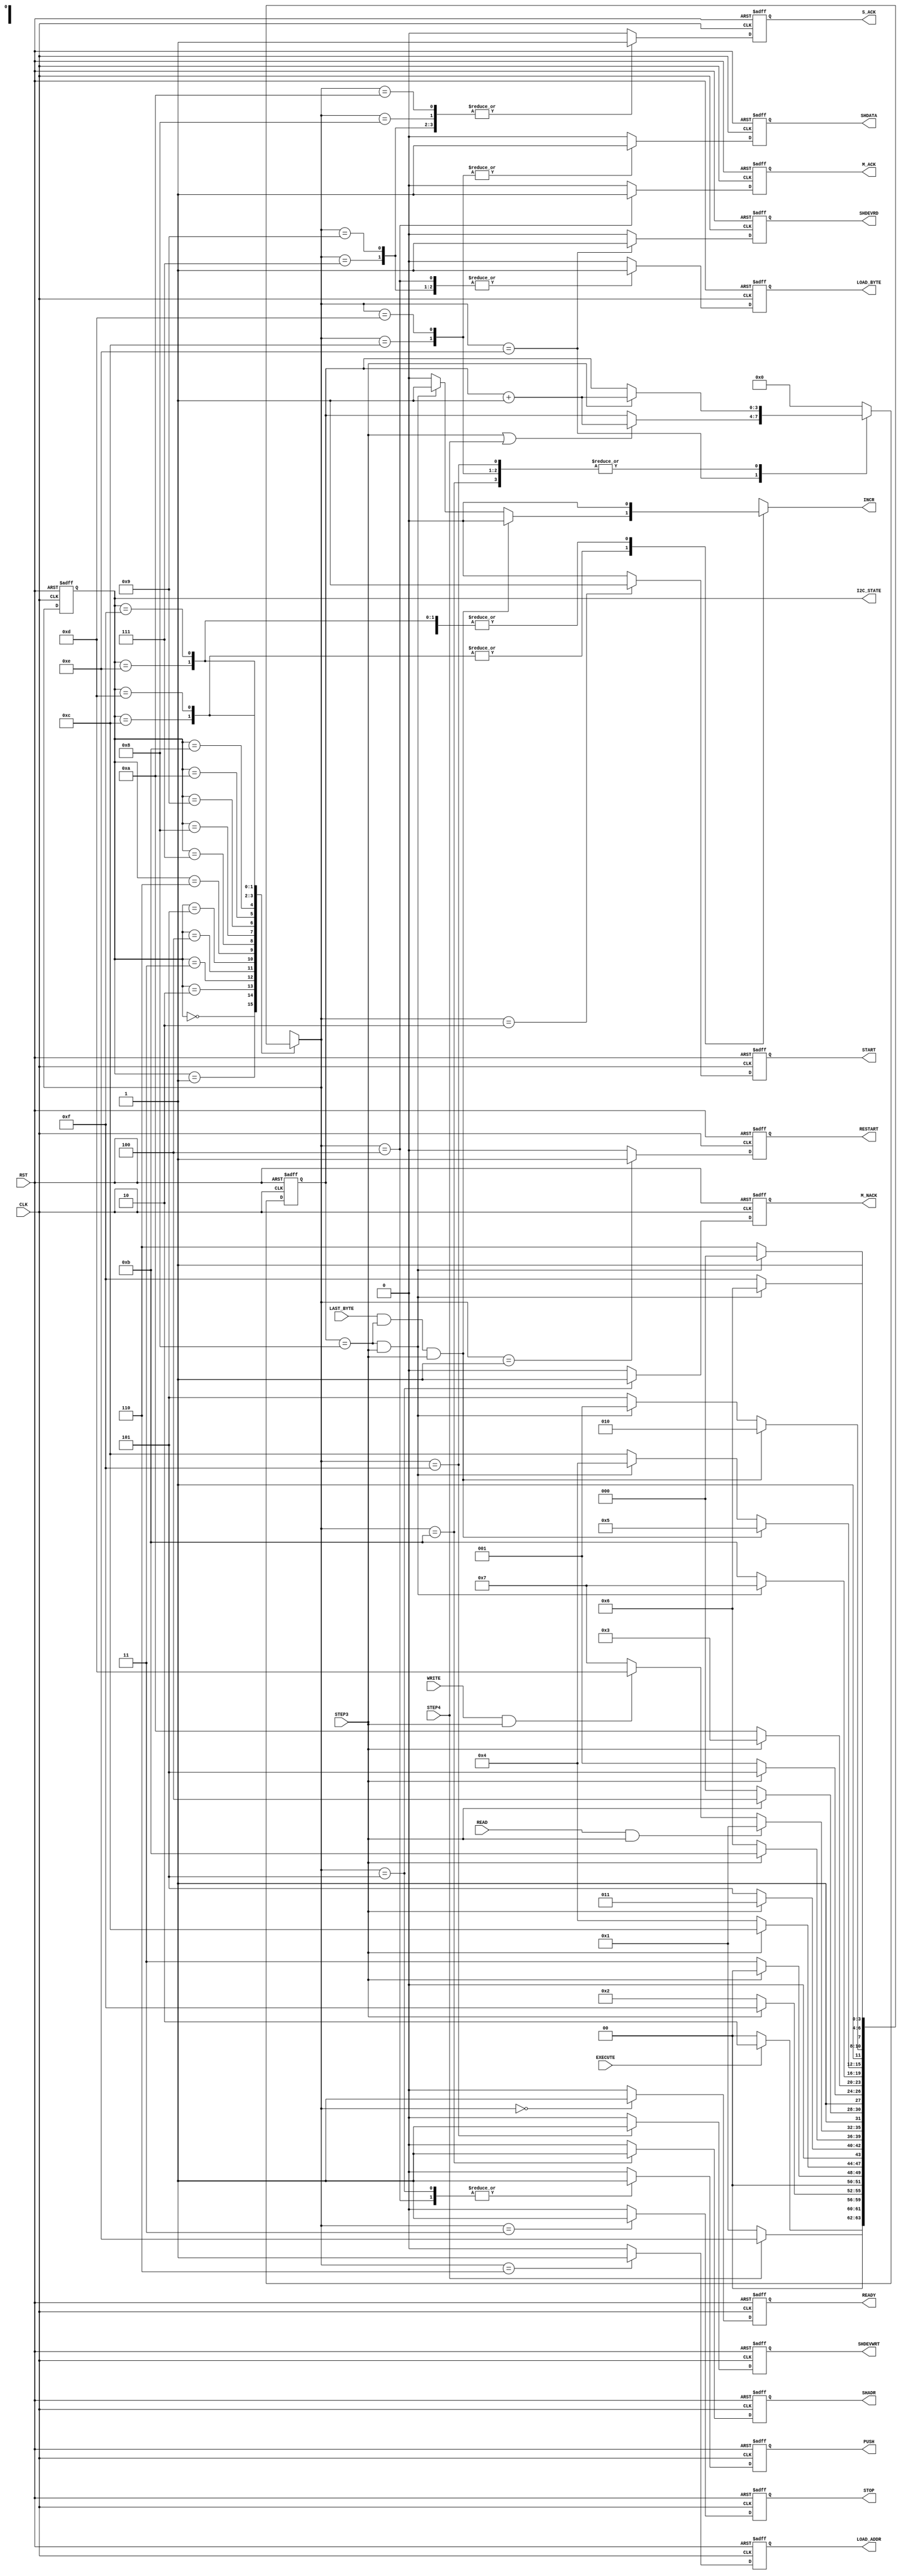

// Created by fizzim_tmr.pl version $Revision: 4.44 on 2018:12:04 at 12:37:11 (www.fizzim.com)

module I2C_intrf_FSM (
  output reg INCR,
  output reg LOAD_ADDR,
  output reg LOAD_BYTE,
  output reg M_ACK,
  output reg M_NACK,
  output reg PUSH,
  output reg READY,
  output reg RESTART,
  output reg SHADR,
  output reg SHDATA,
  output reg SHDEVRD,
  output reg SHDEVWRT,
  output reg START,
  output reg STOP,
  output reg S_ACK,
  output wire [3:0] I2C_STATE,
  input CLK,
  input EXECUTE,
  input LAST_BYTE,
  input READ,
  input RST,
  input STEP3,
  input STEP4,
  input WRITE 
);

  // state bits
  parameter 
  Idle          = 4'b0000, 
  I2C_ReStart   = 4'b0001, 
  I2C_Start     = 4'b0010, 
  I2C_Stop      = 4'b0011, 
  M_Ack_1       = 4'b0100, 
  M_NAck_1      = 4'b0101, 
  S_Ack_1       = 4'b0110, 
  S_Ack_2       = 4'b0111, 
  S_Ack_3       = 4'b1000, 
  S_Ack_4       = 4'b1001, 
  S_Ack_5       = 4'b1010, 
  Shift_Addr    = 4'b1011, 
  Shift_Data_Rd = 4'b1100, 
  Shift_Data_Wr = 4'b1101, 
  Shift_Dev_Rd  = 4'b1110, 
  Shift_Dev_Wr  = 4'b1111; 

  reg [3:0] state;

  assign I2C_STATE = state;

  reg [3:0] nextstate;


  reg [3:0] shift_cnt;

  // comb always block
  always @* begin
    nextstate = 4'bxxxx; // default to x because default_state_is_x is set
    INCR = 0; // default
    case (state)
      Idle         : if      (EXECUTE)                                    nextstate = I2C_Start;
                     else                                                 nextstate = Idle;
      I2C_ReStart  : if      (STEP4)                                      nextstate = Shift_Dev_Rd;
                     else                                                 nextstate = I2C_ReStart;
      I2C_Start    : if      (STEP3)                                      nextstate = Shift_Dev_Wr;
                     else                                                 nextstate = I2C_Start;
      I2C_Stop     : if      (STEP3)                                      nextstate = Idle;
//      I2C_Stop     : if      (STEP4)                                      nextstate = Idle;      // Use with kludge for simulations
                     else                                                 nextstate = I2C_Stop;
      M_Ack_1      : if      (STEP3)                                      nextstate = Shift_Data_Rd;
                     else                                                 nextstate = M_Ack_1;
      M_NAck_1     : if      (STEP3)                                      nextstate = I2C_Stop;
                     else                                                 nextstate = M_NAck_1;
      S_Ack_1      : if      (STEP3)                                      nextstate = Shift_Addr;
                     else                                                 nextstate = S_Ack_1;
      S_Ack_2      : if      (READ && STEP3)                              nextstate = I2C_ReStart;
                     else if (WRITE && STEP3)                             nextstate = Shift_Data_Wr;
                     else                                                 nextstate = S_Ack_2;
      S_Ack_3      : if      (STEP3)                                      nextstate = Shift_Data_Rd;
                     else                                                 nextstate = S_Ack_3;
      S_Ack_4      : if      (STEP3)                                      nextstate = Shift_Data_Wr;
                     else                                                 nextstate = S_Ack_4;
      S_Ack_5      : if      (STEP3)                                      nextstate = I2C_Stop;
                     else                                                 nextstate = S_Ack_5;
      Shift_Addr   : if      ((shift_cnt == 4'd8) && STEP3)               nextstate = S_Ack_2;
                     else                                                 nextstate = Shift_Addr;
      Shift_Data_Rd: begin
        if                   (LAST_BYTE && (shift_cnt == 4'd8) && STEP3)  nextstate = M_NAck_1;
        else if              ((shift_cnt == 4'd8) && STEP3) begin
                                                                          nextstate = M_Ack_1;
                                                                          INCR = 1;
        end
        else                                                              nextstate = Shift_Data_Rd;
      end
      Shift_Data_Wr: begin
        if                   (LAST_BYTE && (shift_cnt == 4'd8) && STEP3)  nextstate = S_Ack_5;
        else if              ((shift_cnt == 4'd8) && STEP3) begin
                                                                          nextstate = S_Ack_4;
                                                                          INCR = 1;
        end
        else                                                              nextstate = Shift_Data_Wr;
      end
      Shift_Dev_Rd : if      ((shift_cnt == 4'd8) && STEP3)               nextstate = S_Ack_3;
                     else                                                 nextstate = Shift_Dev_Rd;
      Shift_Dev_Wr : if      ((shift_cnt == 4'd8) && STEP3)               nextstate = S_Ack_1;
                     else                                                 nextstate = Shift_Dev_Wr;
    endcase
  end

  // Assign reg'd outputs to state bits

  // sequential always block
  always @(posedge CLK or posedge RST) begin
    if (RST)
      state <= Idle;
    else
      state <= nextstate;
  end

  // datapath sequential always block
  always @(posedge CLK or posedge RST) begin
    if (RST) begin
      LOAD_ADDR <= 0;
      LOAD_BYTE <= 0;
      M_ACK <= 0;
      M_NACK <= 0;
      PUSH <= 0;
      READY <= 0;
      RESTART <= 0;
      SHADR <= 0;
      SHDATA <= 0;
      SHDEVRD <= 0;
      SHDEVWRT <= 0;
      START <= 0;
      STOP <= 0;
      S_ACK <= 0;
      shift_cnt <= 4'd0;
    end
    else begin
      LOAD_ADDR <= 0; // default
      LOAD_BYTE <= 0; // default
      M_ACK <= 0; // default
      M_NACK <= 0; // default
      PUSH <= 0; // default
      READY <= 0; // default
      RESTART <= 0; // default
      SHADR <= 0; // default
      SHDATA <= 0; // default
      SHDEVRD <= 0; // default
      SHDEVWRT <= 0; // default
      START <= 0; // default
      STOP <= 0; // default
      S_ACK <= 0; // default
      shift_cnt <= 4'd0; // default
      case (nextstate)
        Idle         :        READY <= 1;
        I2C_ReStart  :        RESTART <= 1;
        I2C_Start    :        START <= 1;
        I2C_Stop     :        STOP <= 1;
        M_Ack_1      : begin
                              LOAD_BYTE <= 1;
                              M_ACK <= 1;
                              PUSH <= 1;
        end
        M_NAck_1     : begin
                              M_NACK <= 1;
                              PUSH <= 1;
        end
        S_Ack_1      : begin
                              LOAD_ADDR <= 1;
                              S_ACK <= 1;
        end
        S_Ack_2      : begin
                              LOAD_BYTE <= 1;
                              S_ACK <= 1;
        end
        S_Ack_3      :        S_ACK <= 1;
        S_Ack_4      : begin
                              LOAD_BYTE <= 1;
                              S_ACK <= 1;
        end
        S_Ack_5      :        S_ACK <= 1;
        Shift_Addr   : begin
                              SHADR <= 1;
                              shift_cnt <= STEP3 ? shift_cnt + 1 : shift_cnt;
        end
        Shift_Data_Rd: begin
                              SHDATA <= 1;
                              shift_cnt <= STEP3 ? shift_cnt + 1 : shift_cnt;
        end
        Shift_Data_Wr: begin
                              SHDATA <= 1;
                              shift_cnt <= STEP3 ? shift_cnt + 1 : shift_cnt;
        end
        Shift_Dev_Rd : begin
                              SHDEVRD <= 1;
                              shift_cnt <= (STEP3 || STEP4) ? shift_cnt + 1 : shift_cnt;
        end
        Shift_Dev_Wr : begin
                              SHDEVWRT <= 1;
                              shift_cnt <= STEP3 ? shift_cnt + 1 : shift_cnt;
        end
      endcase
    end
  end

  // This code allows you to see state names in simulation
  `ifndef SYNTHESIS
  reg [103:0] statename;
  always @* begin
    case (state)
      Idle         : statename = "Idle";
      I2C_ReStart  : statename = "I2C_ReStart";
      I2C_Start    : statename = "I2C_Start";
      I2C_Stop     : statename = "I2C_Stop";
      M_Ack_1      : statename = "M_Ack_1";
      M_NAck_1     : statename = "M_NAck_1";
      S_Ack_1      : statename = "S_Ack_1";
      S_Ack_2      : statename = "S_Ack_2";
      S_Ack_3      : statename = "S_Ack_3";
      S_Ack_4      : statename = "S_Ack_4";
      S_Ack_5      : statename = "S_Ack_5";
      Shift_Addr   : statename = "Shift_Addr";
      Shift_Data_Rd: statename = "Shift_Data_Rd";
      Shift_Data_Wr: statename = "Shift_Data_Wr";
      Shift_Dev_Rd : statename = "Shift_Dev_Rd";
      Shift_Dev_Wr : statename = "Shift_Dev_Wr";
      default      : statename = "XXXXXXXXXXXXX";
    endcase
  end
  `endif

endmodule